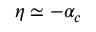
\eta \simeq - \alpha _ { c }